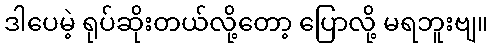
ဒါပေမဲ့ ရုပ်ဆိုးတယ်လို့တော့ ပြောလို့ မရဘူးဗျ။